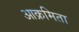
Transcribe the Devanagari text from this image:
आक्रमिता